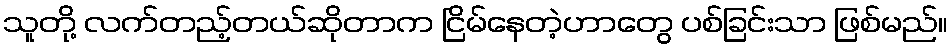
သူတို့ လက်တည့်တယ်ဆိုတာက ငြိမ်နေတဲ့ဟာတွေ ပစ်ခြင်းသာ ဖြစ်မည်။